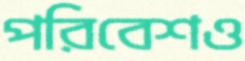
পরিবেশও